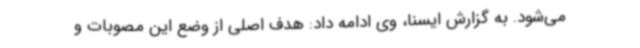
می‌شود. به گزارش ایسنا، وی ادامه داد: هدف اصلی از وضع این مصوبات و